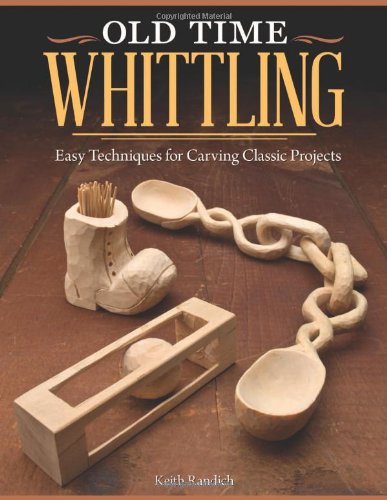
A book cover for Old Time Whittling: Easy Techniques for Carving Classic Projects; Keith Randich; Crafts, Hobbies & Home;